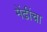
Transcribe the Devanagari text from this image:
मेंढींचा